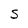
Character: S